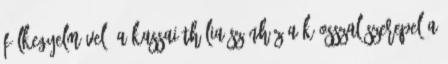
félkegyelművel, a kassai Thália Színház a Káosszal szerepel a